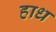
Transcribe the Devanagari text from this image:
हाध